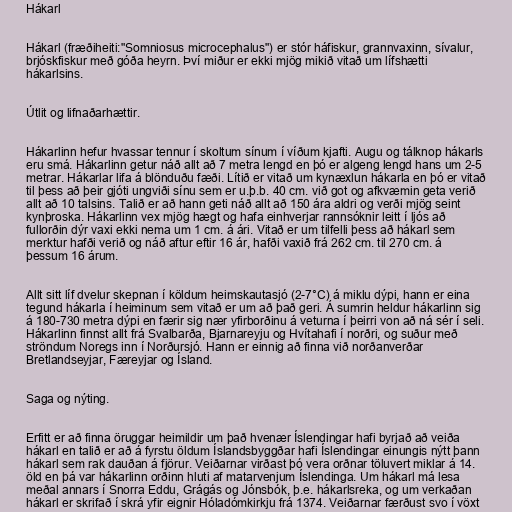
Hákarl

Hákarl (fræðiheiti:"Somniosus microcephalus") er stór háfiskur, grannvaxinn, sívalur,
brjóskfiskur með góða heyrn. Því miður er ekki mjög mikið vitað um lífshætti
hákarlsins.

Útlit og lifnaðarhættir.

Hákarlinn hefur hvassar tennur í skoltum sínum í víðum kjafti. Augu og tálknop hákarls
eru smá. Hákarlinn getur náð allt að 7 metra lengd en þó er algeng lengd hans um 2-5
metrar. Hákarlar lifa á blönduðu fæði. Lítið er vitað um kynæxlun hákarla en þó er vitað
til þess að þeir gjóti ungviði sínu sem er u.þ.b. 40 cm. við got og afkvæmin geta verið
allt að 10 talsins. Talið er að hann geti náð allt að 150 ára aldri og verði mjög seint
kynþroska. Hákarlinn vex mjög hægt og hafa einhverjar rannsóknir leitt í ljós að
fullorðin dýr vaxi ekki nema um 1 cm. á ári. Vitað er um tilfelli þess að hákarl sem
merktur hafði verið og náð aftur eftir 16 ár, hafði vaxið frá 262 cm. til 270 cm. á
þessum 16 árum.

Allt sitt líf dvelur skepnan í köldum heimskautasjó (2-7°C) á miklu dýpi, hann er eina
tegund hákarla í heiminum sem vitað er um að það geri. Á sumrin heldur hákarlinn sig
á 180-730 metra dýpi en færir sig nær yfirborðinu á veturna í þeirri von að ná sér í seli.
Hákarlinn finnst allt frá Svalbarða, Bjarnareyju og Hvítahafi í norðri, og suður með
ströndum Noregs inn í Norðursjó. Hann er einnig að finna við norðanverðar
Bretlandseyjar, Færeyjar og Ísland.

Saga og nýting.

Erfitt er að finna öruggar heimildir um það hvenær Íslendingar hafi byrjað að veiða
hákarl en talið er að á fyrstu öldum Íslandsbyggðar hafi Íslendingar einungis nýtt þann
hákarl sem rak dauðan á fjörur. Veiðarnar virðast þó vera orðnar töluvert miklar á 14.
öld en þá var hákarlinn orðinn hluti af matarvenjum Íslendinga. Um hákarl má lesa
meðal annars í Snorra Eddu, Grágás og Jónsbók, þ.e. hákarlsreka, og um verkaðan
hákarl er skrifað í skrá yfir eignir Hóladómkirkju frá 1374. Veiðarnar færðust svo í vöxt